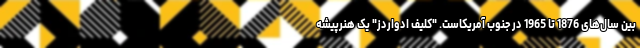
بین سال‌های 1876 تا 1965 در جنوب آمریکاست. "کلیف ادواردز" یک هنرپیشه